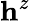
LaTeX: \mathbf{h}^{z}